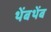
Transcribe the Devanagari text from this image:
थेंबथेंब